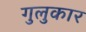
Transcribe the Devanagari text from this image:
गुलुकार